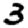
Digit: 3